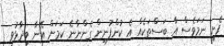
ފެށި ނަމަވެސް އާ ބަސްތަކެއް އެ ކުންފުނިން ގެންނާނެ ކަމަށް އޭނާ ވިދާޅުވި